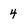
Character: 4